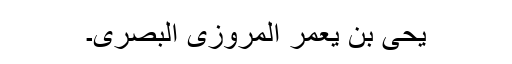
یحیٰ بن یعمر المروزی البصری۔